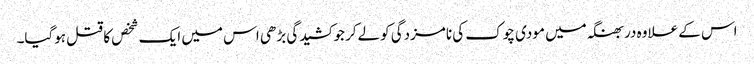
اس کے علاوہ دربھنگہ میں مودی چوک کی نامزدگی کولےکر جو کشیدگی بڑھی اس میں ایک شخص کا قتل ہوگیا۔